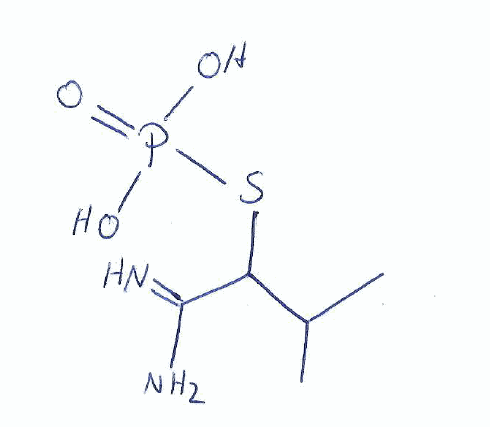
Simplified molecular-input line-entry system (SMILES) notation of the given molecule:
CC(C)C(C(=N)N)SP(=O)(O)O